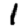
Digit: 1